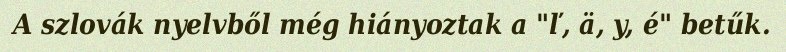
A szlovák nyelvből még hiányoztak a "ľ, ä, y, é" betűk.